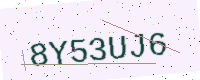
Text: 8Y53UJ6